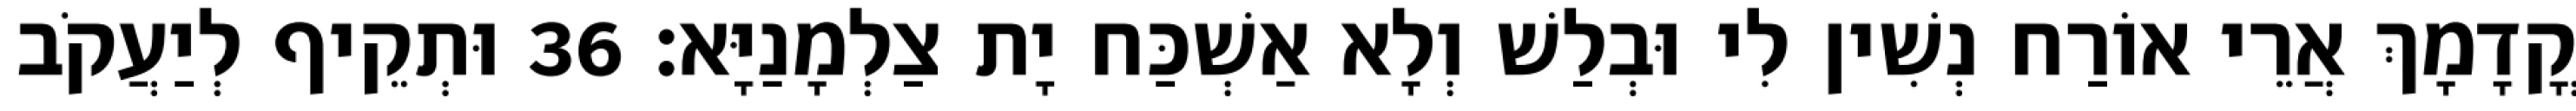
קֳדָמָךְ אֲרֵי אוֹרַח נְשִׁין לִי וּבְלַשׁ וְלָא אַשְׁכַּח יָת צַלְמָנַיָּא׃ 36 וּתְקֵיף לְיַעֲקֹב